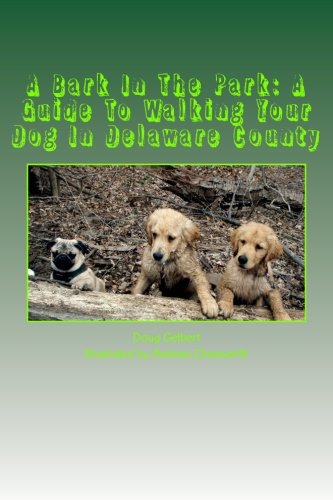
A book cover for A Bark In The Park: A Guide To Walking Your Dog In Delaware County; Doug Gelbert; Travel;